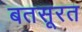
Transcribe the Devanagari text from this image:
बतसूरत